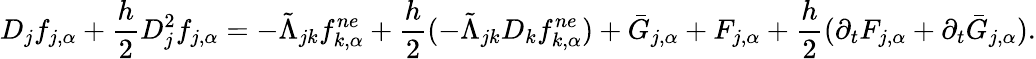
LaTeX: D_{j}f_{j,\alpha}+\frac{h}{2}D_{j}^{2}f_{j,\alpha}=-\tilde{\Lambda}_{jk}f_{k,\alpha}^{ne}+\frac{h}{2}(-\tilde{\Lambda}_{jk}D_{k}f_{k,\alpha}^{ne})+\bar{G}_{j,\alpha}+F_{j,\alpha}+\frac{h}{2}(\partial_{t}F_{j,\alpha}+\partial_{t}\bar{G}_{j,\alpha}).